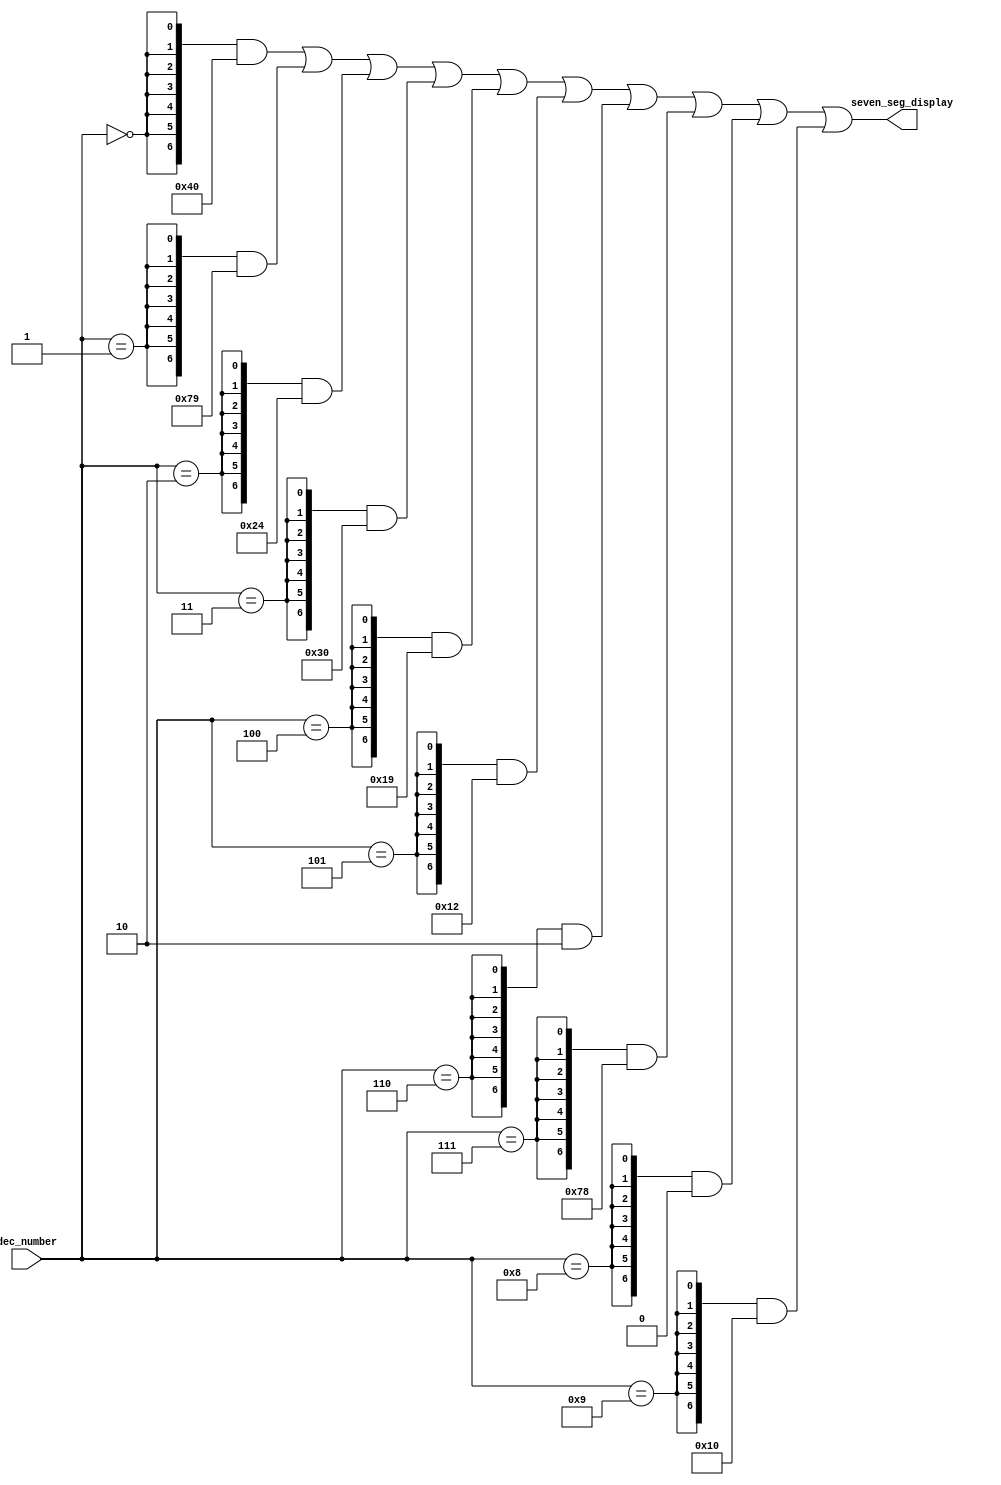
module decimal_To_Seven_Segment (
	// Inputs
	dec_number,
	// Outputs
	seven_seg_display
);


// Inputs
input		[3:0]	dec_number;

// Bidirectional

// Outputs
output		[6:0]	seven_seg_display;


assign seven_seg_display =
    ({7{(dec_number == 4'h0)}} & 7'b1000000) | // 0
    ({7{(dec_number == 4'h1)}} & 7'b1111001) | // 1
    ({7{(dec_number == 4'h2)}} & 7'b0100100) | // 2
    ({7{(dec_number == 4'h3)}} & 7'b0110000) | // 3
    ({7{(dec_number == 4'h4)}} & 7'b0011001) | // 4
    ({7{(dec_number == 4'h5)}} & 7'b0010010) | // 5
    ({7{(dec_number == 4'h6)}} & 7'b0000010) | // 6
    ({7{(dec_number == 4'h7)}} & 7'b1111000) | // 7
    ({7{(dec_number == 4'h8)}} & 7'b0000000) | // 8
    ({7{(dec_number == 4'h9)}} & 7'b0010000);  // 9
endmodule